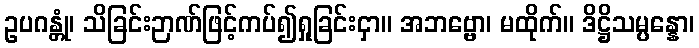
ဥပဂန္တုံ၊ သိခြင်းဉာဏ်ဖြင့်ကပ်၍ရှုခြင်းငှာ။ အဘဗ္ဗော၊ မထိုက်။ ဒိဋ္ဌိသမ္ပန္နော၊